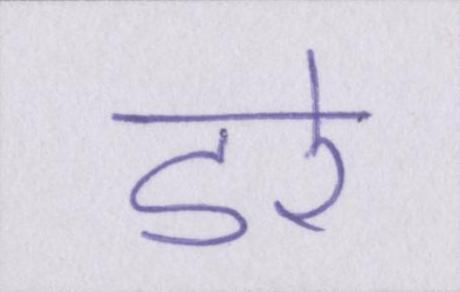
डरे